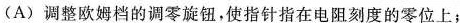
(A)调整欧姆档的调零旋钮，使指针指在电阻刻度的零位上；